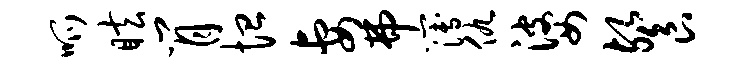
呱眩肖恤妻弗簿仇婆餐